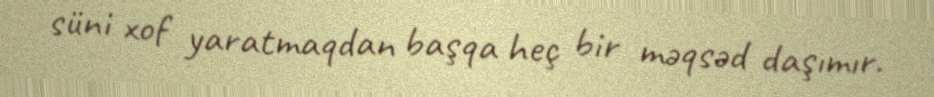
süni xof yaratmaqdan başqa heç bir məqsəd daşımır.